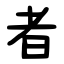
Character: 者